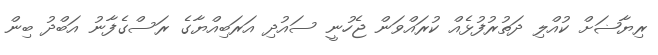
ރިޔާޟަށް ކުއްލި ދަތުރުފުޅެއް ކުރައްވަން ޖެހުނީ ސައުދި އަރަބިއްޔާގެ ރަސްގެފާނު އަބްދު ބިން